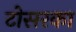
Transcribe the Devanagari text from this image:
टोसरका